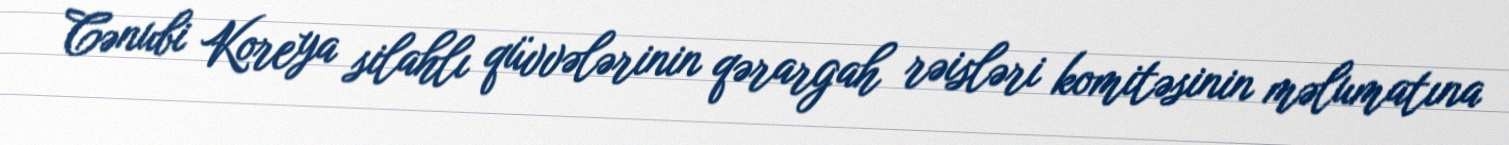
Cənubi Koreya silahlı qüvvələrinin qərargah rəisləri komitəsinin məlumatına